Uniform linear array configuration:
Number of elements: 64
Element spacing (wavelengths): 0.5
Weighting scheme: blackman
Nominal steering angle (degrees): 30
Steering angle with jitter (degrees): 31.363
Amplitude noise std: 0.05
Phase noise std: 0.05

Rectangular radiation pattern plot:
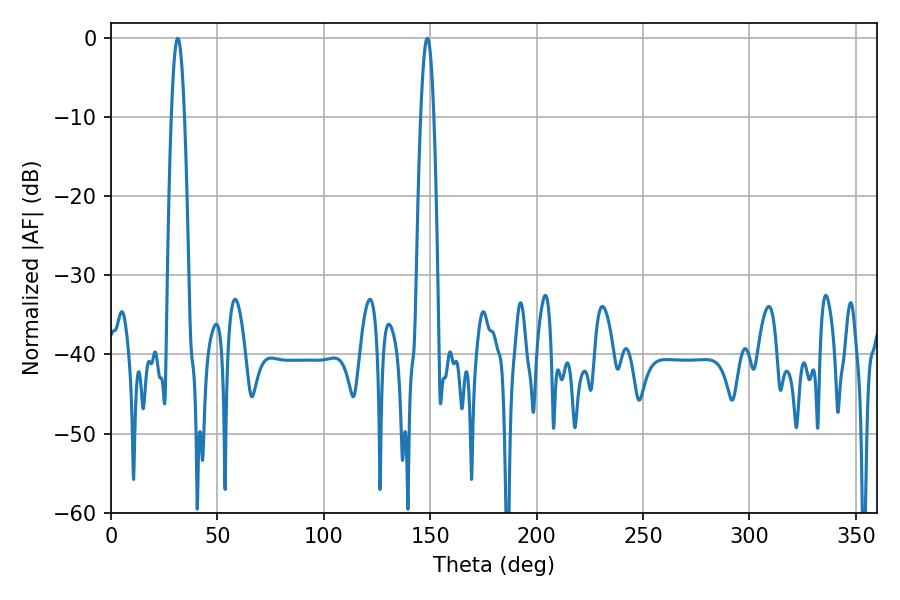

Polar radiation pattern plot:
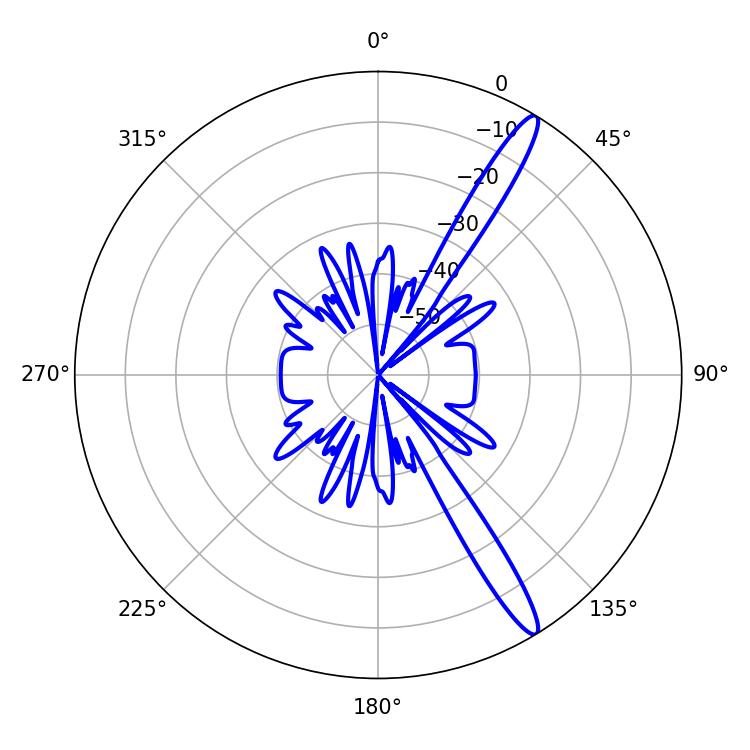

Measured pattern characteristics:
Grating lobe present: FALSE
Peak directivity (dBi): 14.745
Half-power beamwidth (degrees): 3.42
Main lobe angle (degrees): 31.32